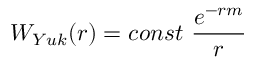
W _ { Y u k } ( r ) = c o n s t \ \frac { e ^ { - r m } } { r }